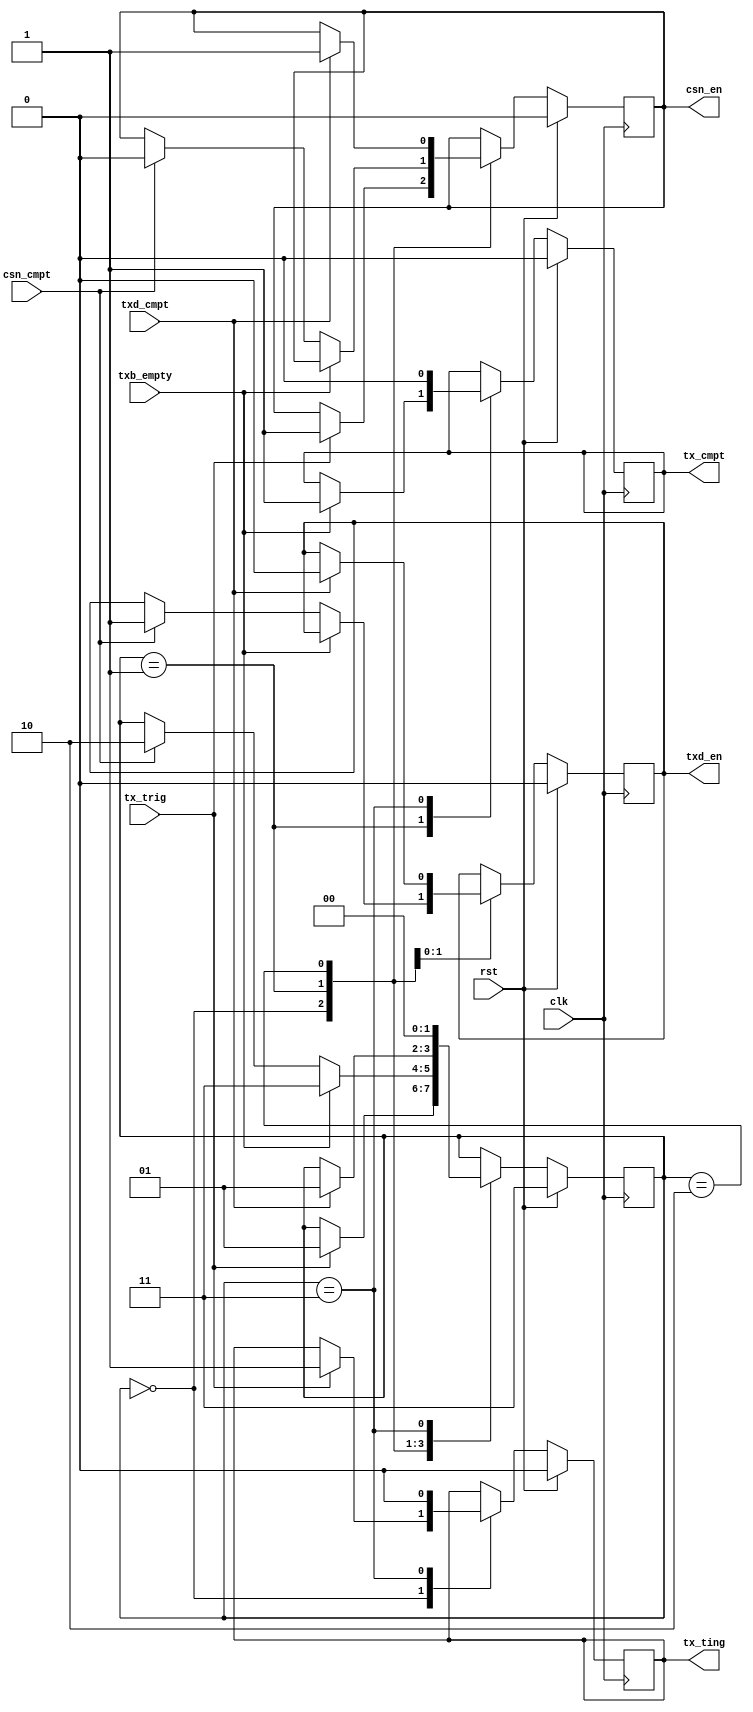
`timescale 1ns / 1ps
//////////////////////////////////////////////////////////////////////////////////
// Company:
// Engineer:
//
// Design Name:
// Module Name: Tc_PL_bus_tx_ctl
// Project Name:
// Target Devices:
// Tool Versions:
// Description:
//
// Dependencies:
//
// Revision:
// Revision 0.01 - File Created
// Additional Comments:
//
//////////////////////////////////////////////////////////////////////////////////


module Tc_PL_bus_tx_ctl(
input                     clk          ,
input                     rst          ,
input                     tx_trig      ,
output                    tx_ting      ,
output                    tx_cmpt      ,
input                     txb_empty    ,
output                    txd_en       ,
input                     txd_cmpt     ,
output                    csn_en       ,
input                     csn_cmpt
    );

reg               t_tx_ting =0;
reg               t_tx_cmpt =0;
reg               t_txd_en  =0;
reg               t_csn_en  =0;

localparam S_IDLE = 0,
           S_CSN  = 1,
           S_TXD  = 2,
           S_CMPT = 3;
reg[1:0] state = S_CMPT;
always@(posedge clk)begin
	if(rst)begin
		state     <= S_CMPT;
		t_tx_ting <= 0     ;
		t_tx_cmpt <= 0     ;
		t_txd_en  <= 0     ;
		t_csn_en  <= 0     ;
	end else begin
		case(state)
			S_IDLE :begin
				if(tx_trig)begin
					state     <= S_CSN ;
					t_tx_ting <= 1     ;
					t_csn_en  <= 1     ;
				end
			end
			S_CSN  :begin
				if(txb_empty)begin
					state     <= S_CMPT;
					t_tx_cmpt <= 1     ;
				end else begin
					if(csn_cmpt)begin
						state     <= S_TXD ;
						t_csn_en  <= 0     ;
						t_txd_en  <= 1     ;
					end
				end
			end
			S_TXD  :begin
				if(txd_cmpt)begin
					state     <= S_CSN ;
					t_csn_en  <= 1     ;
					t_txd_en  <= 0     ;
				end
			end
			S_CMPT :begin
				state     <= S_IDLE;
				t_tx_cmpt <= 0     ;
				t_tx_ting <= 0     ;
			end
		endcase
	end
end

assign tx_ting = t_tx_ting ;
assign tx_cmpt = t_tx_cmpt ;
assign txd_en  = t_txd_en  ;
assign csn_en  = t_csn_en  ;

endmodule